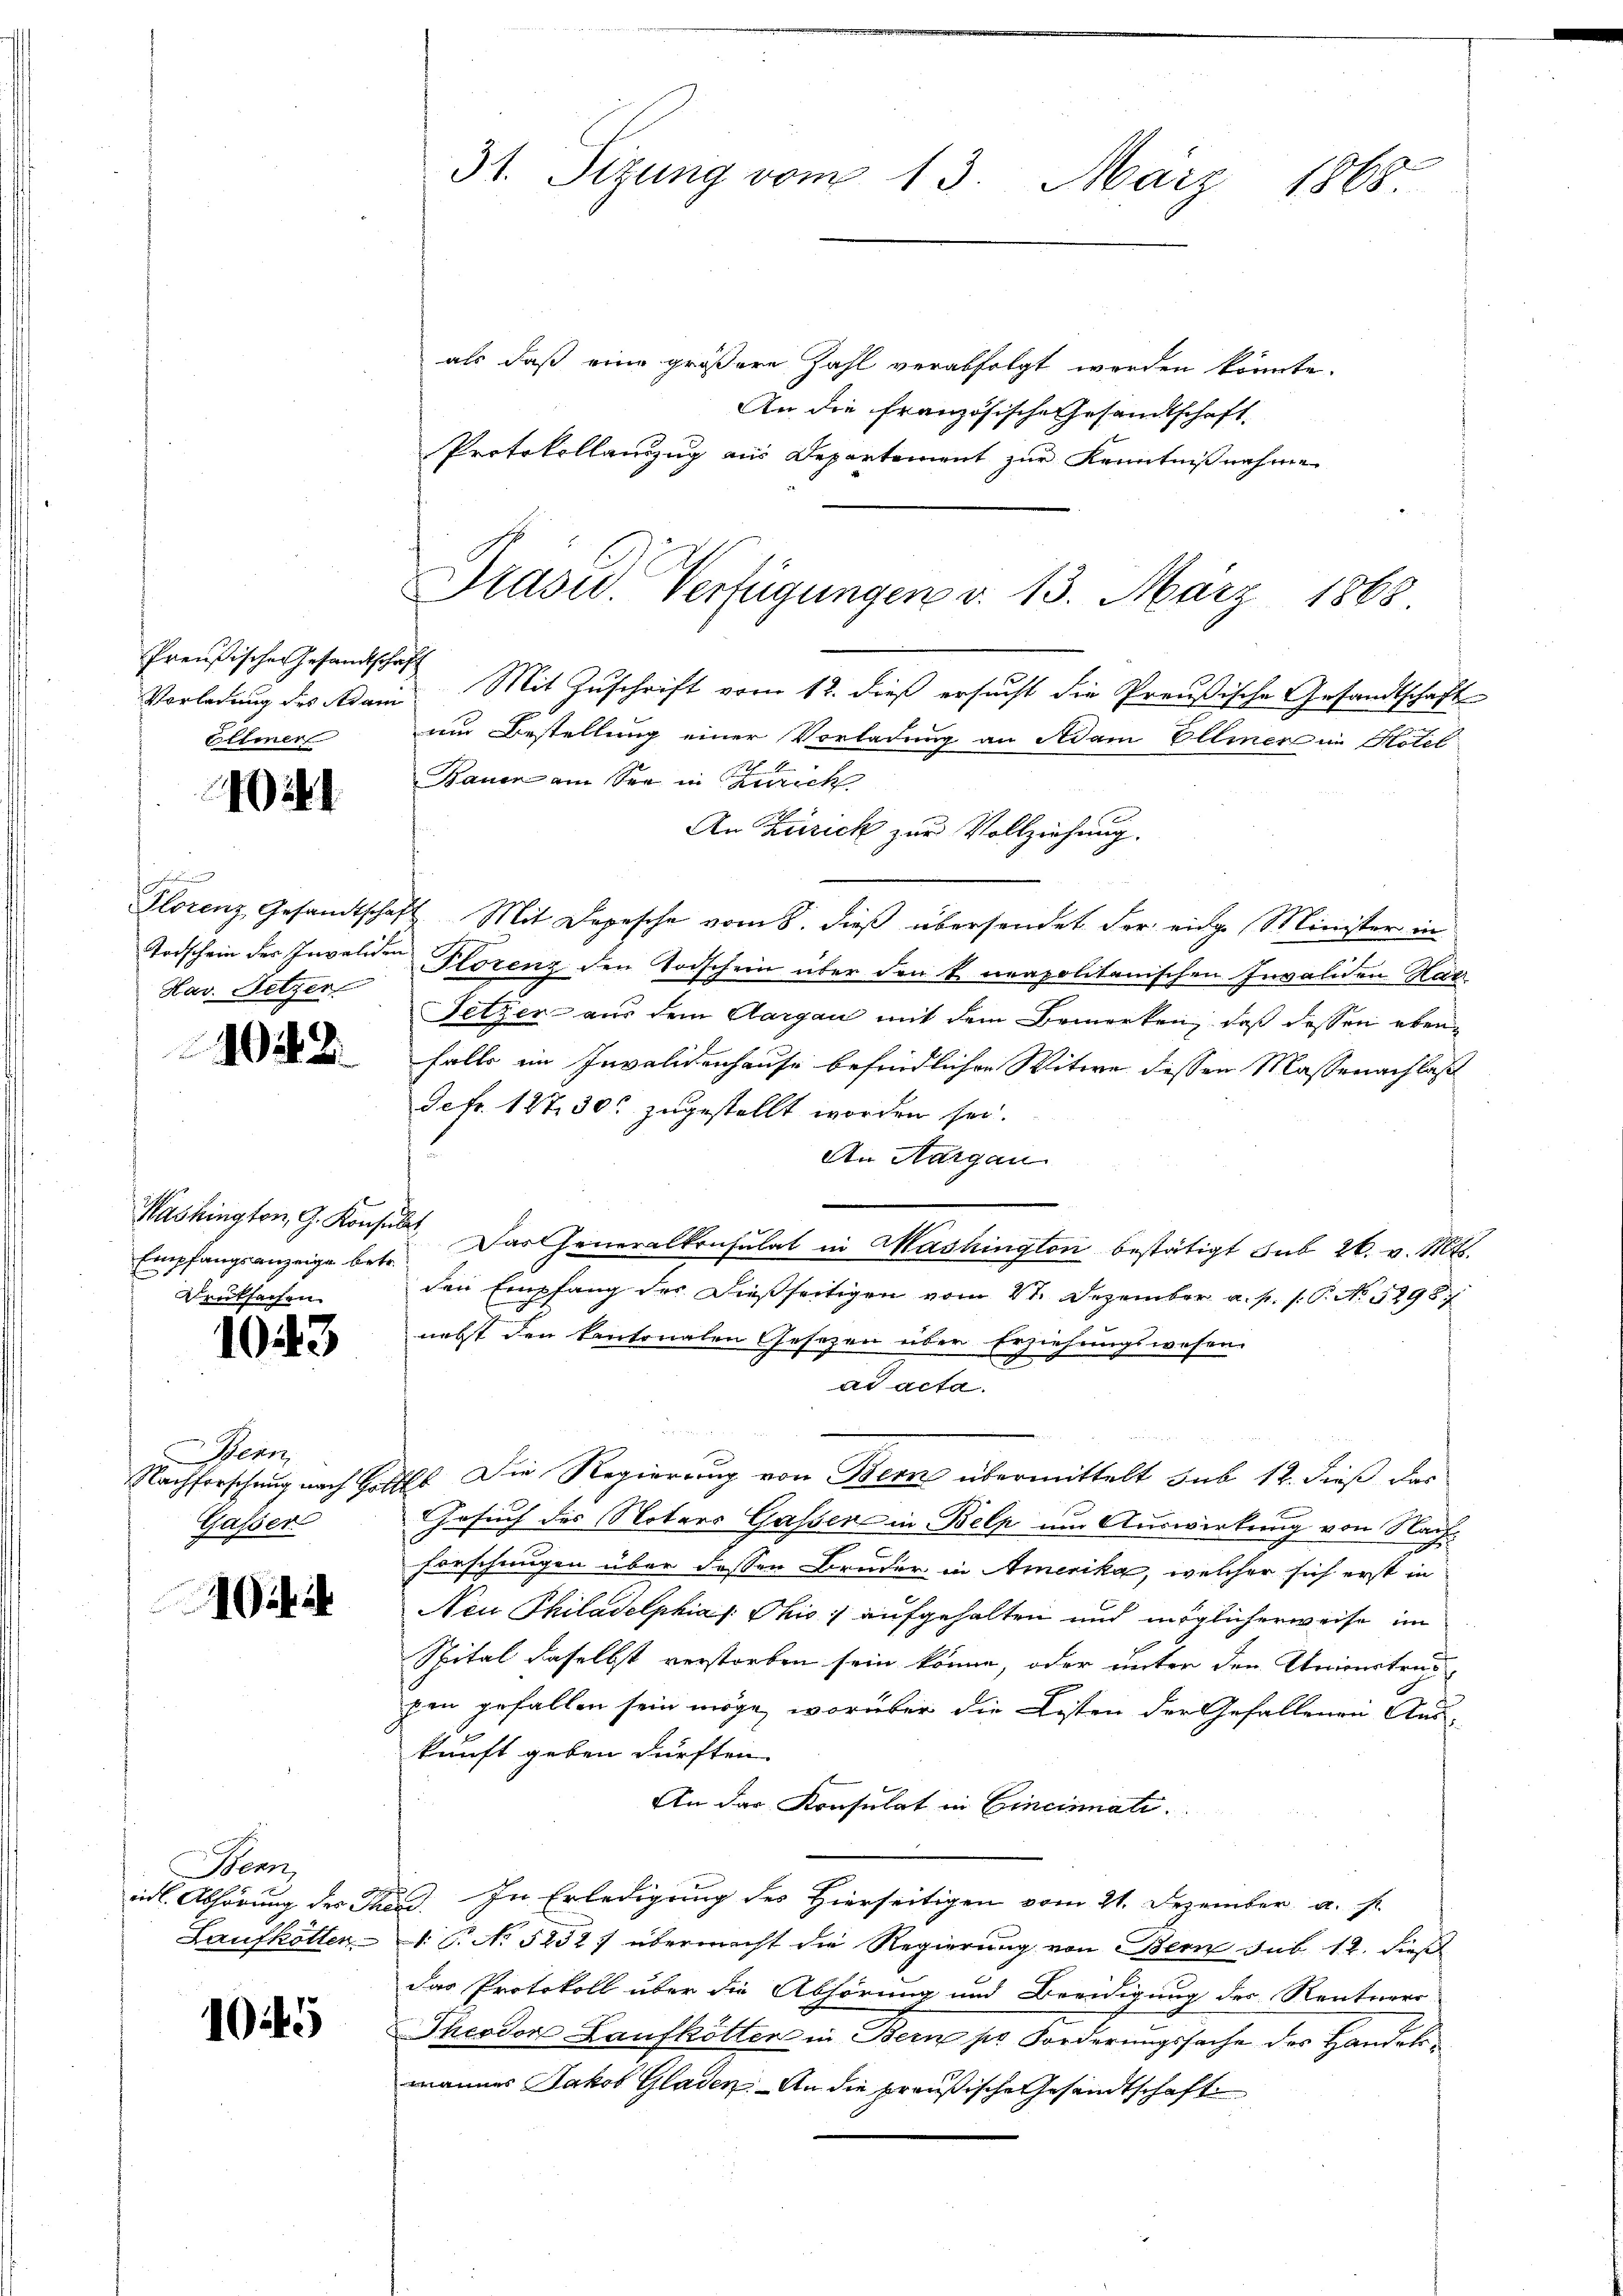
Preußischen Gesandtschaft
Ellmer

ik

i
Hav. Setzen

1048.

Empfangsanzeige betr.
Druksachen

1043

Bern
Gasser

Henn
Laufkotter

1045

31. Sizung vom 13. März 1865.

als daß eine größere Zahl verabfolgt werden könnte.
An die Französische Gesandtschaft
Protokollanzug aus Departement zur Kenntnißnahme
Vorladung des Adam. Mit Zuschrift vom 12. dieß ersucht die Preußische Gesandtschaft
um Bestellung einer Vorladung an Adam Elliner im Hotel
Bauer am See in Zürich
An Zürick zur Vollziehung.
Florenz Gesandtschaft. Mit Depesche vom 8. dieβ übersendet der eige Minister in
Todschein des Invaliden Plorenz den Todschein über den k. neapolitanischen Invaliden Hatz
Fetzer aus dem Aargau mit dem Bemerken, daß dessen ebenfalls im Invalidenhause befindlichen Witwe dessen Massenachlaß
Sefr. 127, 30 zugestellt worden sei.
An Aargau
Washington, G. Konsult. Das Generalkonsulat in Mashington bestätigt sub 26. v. Mts.
den Empfang der dießseitigen vom 21. Dezember a. p. 1. P. No 5298/
nebst den kantonalen Gesezen über Erziehungswesen.
ad acta.
Nachforschung nach Holl. Die Regierung von Berne übermittelt sub 12. dieß das
Gesuch des Notars Gassen in Belp um Auswirkung von Nach¬
2
Forschungen über dessen Bruder in Amerika, welcher sich erst in
Neu Philadelphias Ohio, aufgehalten und möglicherweise im
Spital daselbst verstorben sein könne, oder unter den Univertrau
pen gefallen sein möge, worüber die Listen der Gefallenen Auskunft geben dürften.
An der Konsulat in Cincinati
edl. Abhörung der Thad. In Erledigung des Hierseitigen vom 21. Dezember a. s.
1. P. No 5252 f übermacht die Regierung von Berne sub. 12. dieß
das Protokoll über die Abhörung und Beeidigung der Rentners
Theodor Laufkötter in Bern ser Forderungssache des Handelsmannes Jakob Gladen. An die preußische Gesandtschaft

Präsid. Verfügungen v. 13. März 1868